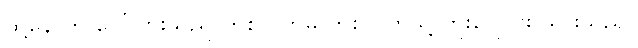
ထို့နောက် ဂေါ်ပြားသည် တစ်လက်မှ တစ်လက်သို့ ကူးပြောင်း သွားသည်။